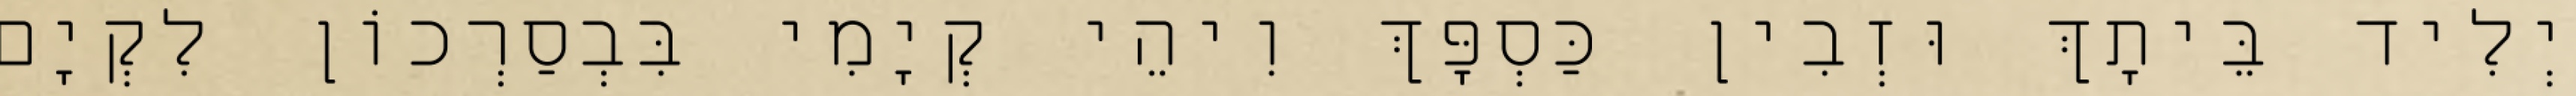
יְלִיד בֵּיתָךְ וּזְבִין כַּסְפָּךְ וִיהֵי קְיָמִי בִּבְסַרְכוֹן לִקְיָם